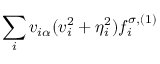
\sum _ { i } v _ { i \alpha } ( v _ { i } ^ { 2 } + \eta _ { i } ^ { 2 } ) f _ { i } ^ { \sigma , ( 1 ) }